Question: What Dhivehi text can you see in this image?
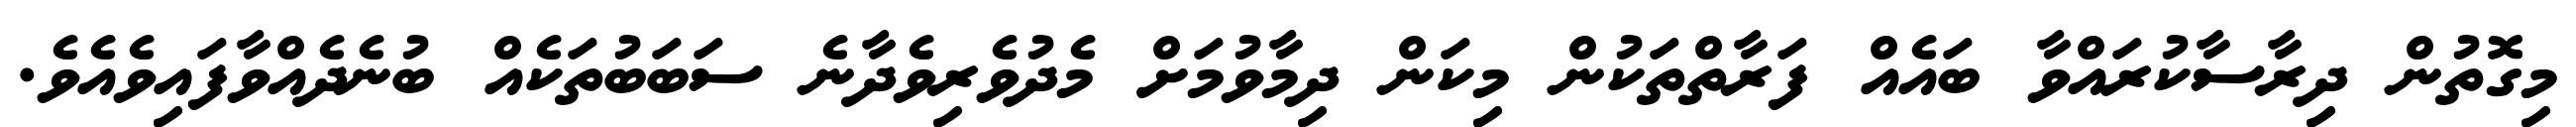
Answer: މިގޮތުން ދިރާސާކުރައްވާ ބައެއް ފަރާތްތަކުން މިކަން ދިމާވުމަށް މެދުވެރިވެދާނެ ސަބަބުތަކެއް ބުނެދެއްވާފައިވެއެވެ.